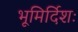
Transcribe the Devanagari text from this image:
भूमिर्दिशः